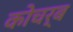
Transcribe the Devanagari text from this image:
कोचर्ब